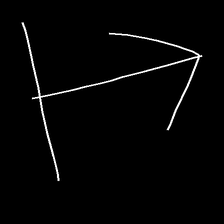
Glyph: levitation